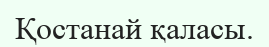
Қостанай қаласы.